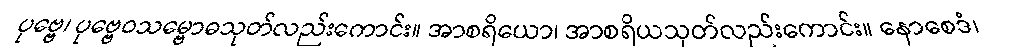
ပုဗ္ဗေ၊ ပုဗ္ဗေဝသမ္ဗောဓသုတ်လည်းကောင်း။ အာစရိယော၊ အာစရိယသုတ်လည်းကောင်း။ နောစေဒံ၊